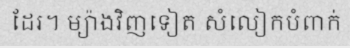
ដែរ។ ម្យ៉ាងវិញទៀត សំលៀកបំពាក់